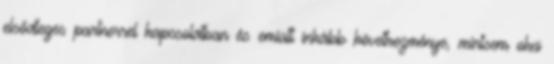
elsődleges partnerrel kapcsolatban és emiatt inkább következménye, mintsem oka